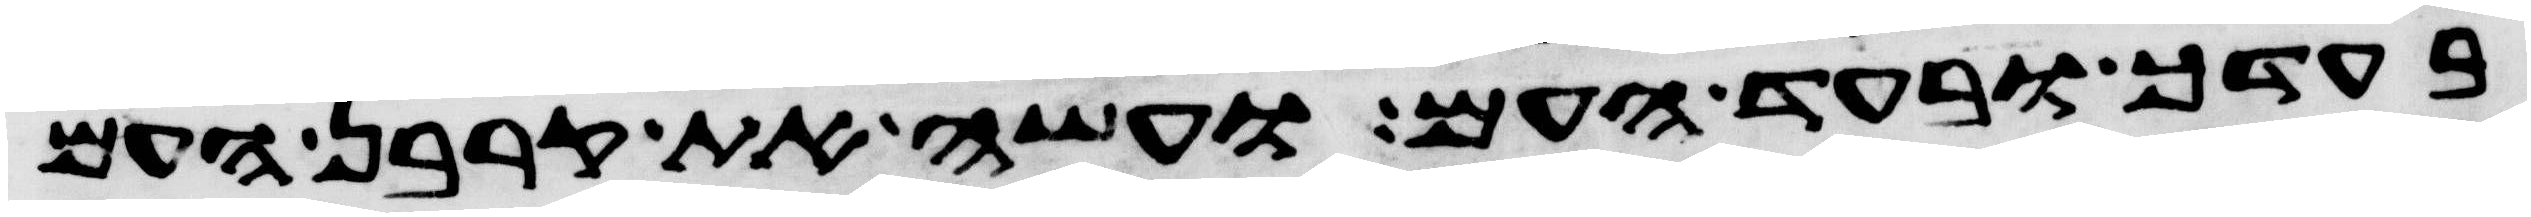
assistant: בעדך ובעד העם ועשה את קרבן העם